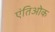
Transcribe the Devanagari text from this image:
एंतिओक